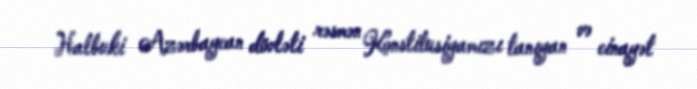
Halbuki Azərbaycan dövləti rəsmən Konstitusiyamızı tanıyan və cinayət